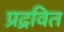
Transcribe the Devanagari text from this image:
प्रद्रवित